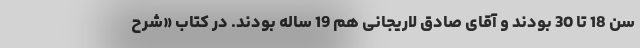
سن 18 تا 30 بودند و آقای صادق لاریجانی هم 19 ساله بودند. در کتاب «شرح